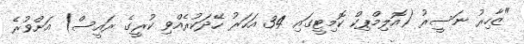
"ޒާހިރު ނަސީރު (އޮލިމްޕިކް ކޮމިޓީގައި 34 އަހަރު ހޭދަކުރެއްވި ކުރީގެ ރައީސް) އަށްވުރެ